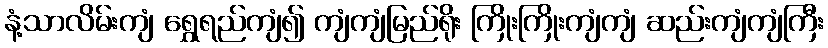
နံ့သာလိမ်းကျံ ရွှေရည်ကျံ၍ ကျံကျံမြည်ရိုး ကြိုးကြိုးကျံကျံ ဆည်းကျံကျံကြီး